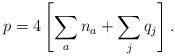
LaTeX: \begin{align*}p = 4 \left[ \sum_a n_a + \sum_j q_j \right] .\end{align*}